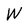
Character: W